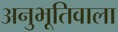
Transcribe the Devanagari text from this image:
अनुभूतिवाला